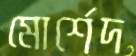
মোর্শেদ